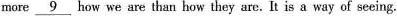
more\underline{9} how we are than how they arc. It is a way of seeing.